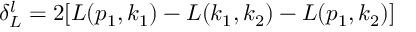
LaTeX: \delta _ { L } ^ { l } = 2 [ L ( p _ { 1 } , k _ { 1 } ) - L ( k _ { 1 } , k _ { 2 } ) - L ( p _ { 1 } , k _ { 2 } ) ]